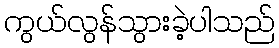
ကွယ်လွန်သွားခဲ့ပါသည်